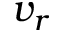
v _ { r }